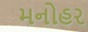
મનોહર